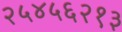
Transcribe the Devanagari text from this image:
२५४५६२१३